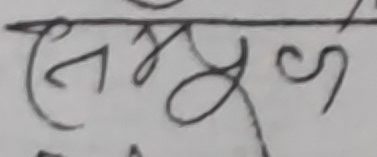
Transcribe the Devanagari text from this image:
समूह